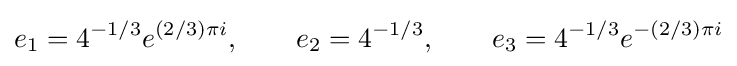
e_{1}=4^{-1/3}e^{(2/3)\pi i},\qquad e_{2}=4^{-1/3},\qquad e_{3}=4^{-1/3}e^{-(2/3)\pi i}